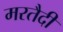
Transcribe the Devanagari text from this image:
मरतैदी